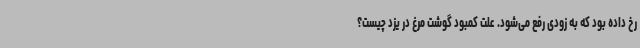
رخ داده بود که به زودی رفع می‌شود. علت کمبود گوشت مرغ در یزد چیست؟